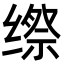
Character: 𮉯